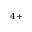
^ { 4 + }